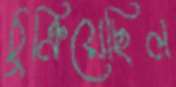
ঠুক্‌রিয়েছিল